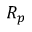
R _ { p }